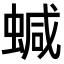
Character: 𧍧